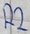
Text: R2